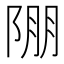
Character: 𨹹